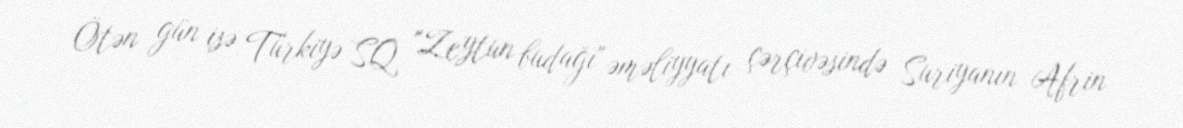
Ötən gün isə Türkiyə SQ "Zeytun budağı" əməliyyatı çərçivəsində Suriyanın Afrin